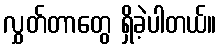
လွှတ်တာတွေ ရှိခဲ့ပါတယ်။